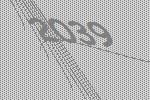
2039